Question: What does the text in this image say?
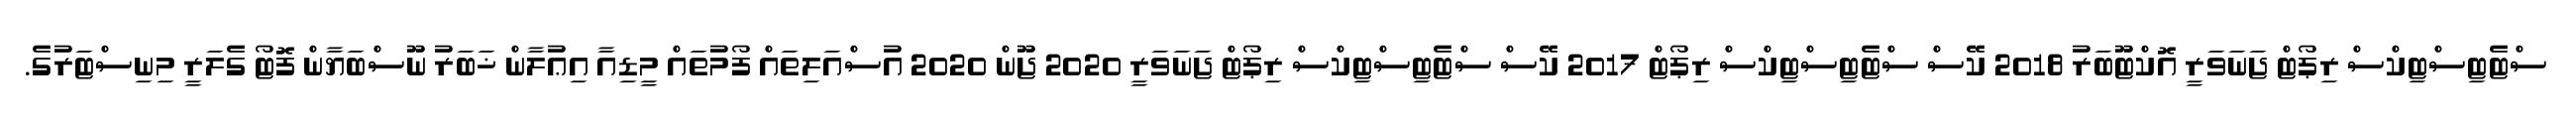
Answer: ސްޓެޓިސްޓިކްސް ރިޕޯޓް ޖަނަވަރީ އޮކްޓޫބަރު 2018 ކޭސް ސްޓެޓިސްޓިކްސް ރިޕޯޓް 2017 ކޭސް ސްޓެޓިސްޓިކްސް ރިޕޯޓް ޖަނަވަރީ 2020 ޖޫން 2020 އުސްއަލިތައް ފޯމުތައް މީޑިއާ އިޢުލާން ޚަބަރު ނޫސްބަޔާން ފޮޓޯ ގެލަރީ މިނިސްޓަރުގެ.